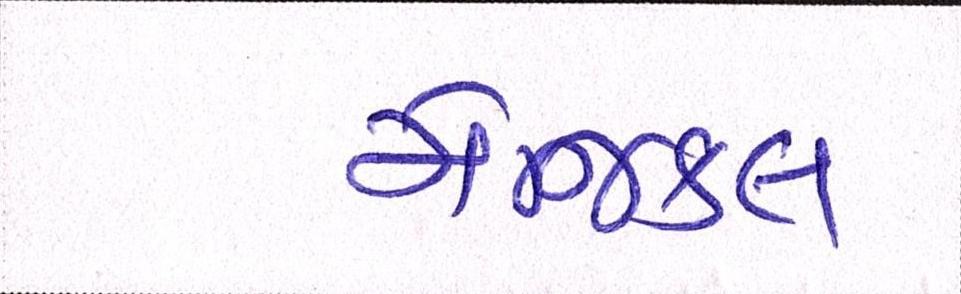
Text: મેજિકલ